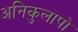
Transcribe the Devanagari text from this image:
अनिकुलापो